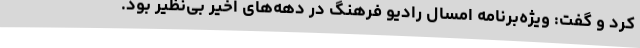
کرد و گفت: ویژه‌برنامه امسال رادیو فرهنگ در دهه‌های اخیر بی‌نظیر بود.